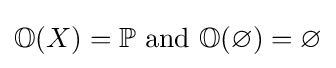
\mathbb {O} (X)=\mathbb {P} {\text{ and }}\mathbb {O} (\varnothing )=\varnothing